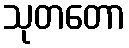
သုတတော